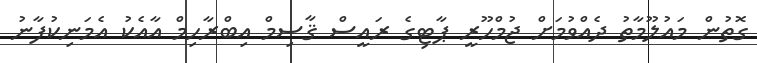
ގޮތުން މައުލޫމާތު ދެއްވުމަށް ޖުމްހޫރީ ޕާޓިގެ ރައީސް ޤާސިމް އިބްރާހިމް އާއެކު އެމަނިކުފާނު